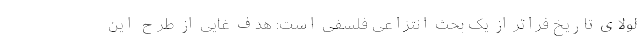
لولای تاریخ فراتر از یک بحث انتزاعی فلسفی است: هدف غایی از طرح این